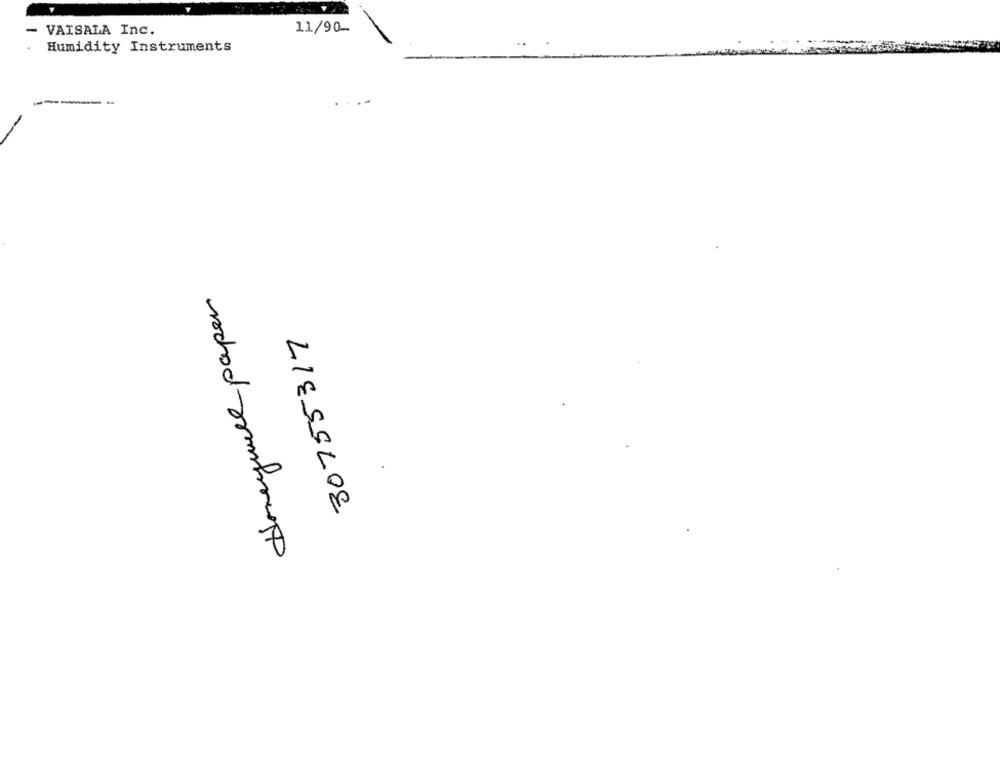
- VAISALA Inc.
11/90-
Humidity Instruments
Honeywell paper
30755317